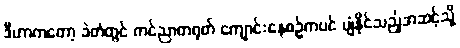
ဒီဟာကတော့ ခဲတံတွင် ကင်ညာတရုတ် ကျောင်းနေစဉ်ကပင် ပျံနိုင်သည့်အဆင့်သို့